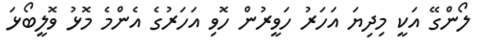
ލޯންގޭ އަކީ މިދިޔަ އަހަރު ހަވީރުން ހޮވި އަހަރުގެ އެންމެ މޮޅު ވޮލީބޯޅަ